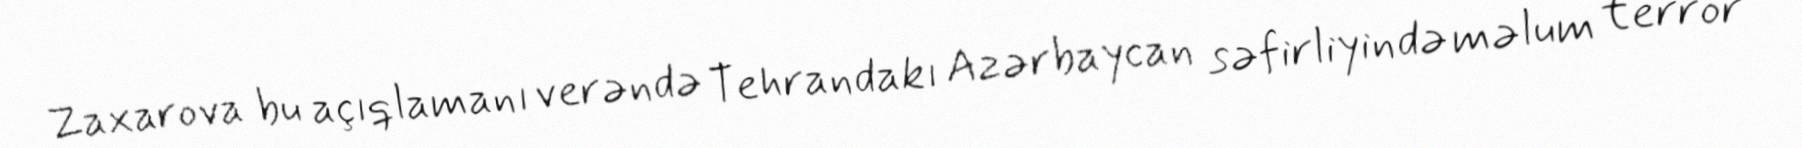
Zaxarova bu açıqlamanı verəndə Tehrandakı Azərbaycan səfirliyində məlum terror